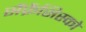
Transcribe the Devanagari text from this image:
सैंफ्रैंसिस्को